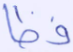
فظا